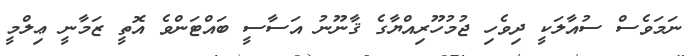
ނަމަވެސް ސުއާލަކީ ދިވެހި ޖުމުހޫރިއްޔާގެ ޤާނޫނު އަސާސީ ބައްޓަންވެ އޮތީ ޒަމާނީ ޢިލްމީ